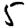
Digit: 5